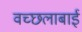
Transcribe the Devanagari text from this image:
वच्छलाबाई